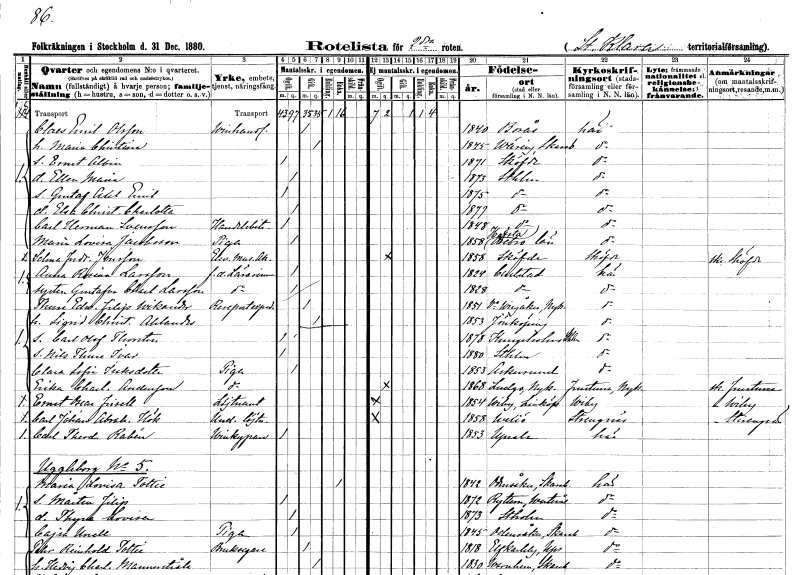
gt_parse: households: individuals: FN: Claes Emil
EN: Olsson
YRKE: Vinhandlare
KON: M
CIV: G
FODAR: 1840
FODFORS: Borås Älvsborgs län
FN: Maria Christina
KON: K
CIV: G
FODAR: 1845
FODFORS: Väring Skaraborgs län
FN: Ernst Albin
KON: M
CIV: O
FODAR: 1871
FODFORS: Skövde Skaraborgs län
FN: Ellen Maria
KON: K
CIV: O
FODAR: 1873
FODFORS: Stockholm
FN: Gustaf Axel Emil
KON: M
CIV: O
FODAR: 1875
FODFORS: Stockholm
FN: Elsa Christina Charlotta
KON: K
CIV: O
FODAR: 1877
FODFORS: Stockholm
FN: Carl Herman
EN: Svensson
YRKE: Handelsbiträde
KON: M
CIV: O
FODAR: 1848
FODFORS: Stockholm
FN: Maria Lovisa
EN: Jacobsson
YRKE: Piga
KON: K
CIV: O
FODAR: 1858
FODFORS: Hovsta Örebro län
FN: Selma Fredrika
EN: Jonsson
YRKE: Musikakademielev
KON: K
CIV: O
FODAR: 1858
FODFORS: Skövde Skaraborgs län
FN: Anna Rosina
EN: Larsson
YRKE: Lärarinna f.d.
KON: K
CIV: O
FODAR: 1824
FODFORS: Karlstad Värmlands län
FN: Gustafva Charlotta
EN: Larsson
YRKE: Lärarinna f.d.
KON: K
CIV: O
FODAR: 1828
FODFORS: Karlstad Värmlands län
FN: Thure Edvard Filip
EN: Wikander
YRKE: Resepostexpeditör
KON: M
CIV: G
FODAR: 1851
FODFORS: Västra Vingåker Södermanlands län
FN: Sigrid Christina
EN: Ahlander
KON: K
CIV: G
FODAR: 1853
FODFORS: Jönköping Jönköpings län
FN: Carl Olof Thorsten
KON: M
CIV: O
FODAR: 1878
FODFORS: Kungsholm Stockholms stad
FN: Nils Thure Ivar
KON: M
CIV: O
FODAR: 1880
FODFORS: Stockholm
FN: Clara Sofia
EN: Isaksdotter
YRKE: Piga
KON: K
CIV: O
FODAR: 1853
FODFORS: Askersund Örebro län
FN: Erika Charlotta
EN: Andersson
YRKE: Piga
KON: K
CIV: O
FODAR: 1868
FODFORS: Ludgo Södermanlands län
FN: Ernst Oscar
EN: Frisell
YRKE: Löjtnant
KON: M
CIV: O
FODAR: 1854
FODFORS: Viby Östergötlands län
FN: Carl Johan Abraham
EN: Hök
YRKE: Underlöjtnant
KON: M
CIV: O
FODAR: 1858
FODFORS: Växjö Kronobergs län
FN: Carl Theodor
EN: Rabén
YRKE: Vinkypare
KON: M
CIV: O
FODAR: 1853
FODFORS: Uppsala Uppsala län